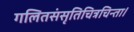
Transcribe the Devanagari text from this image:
गलितसंसृतिचित्रचिन्ता।